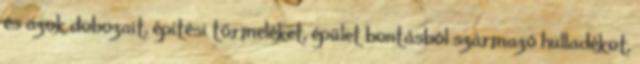
és azok dobozait, építési törmeléket, épület bontásból származó hulladékot,